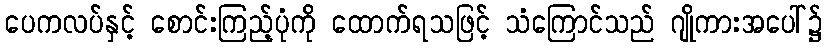
ပေကလပ်နှင့် စောင်းကြည့်ပုံကို ထောက်ရသဖြင့် သံကြောင်သည် ဂျိုကားအပေါ်၌